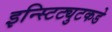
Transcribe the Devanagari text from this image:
इन्स्टिट्युटकडे